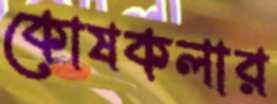
কোষকলার